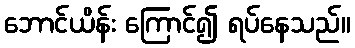
ဘောင်ယိန်း ကြောင်၍ ရပ်နေသည်။